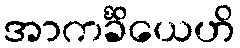
အာကင်္ခိယေဟိ